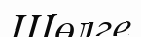
Шөлге